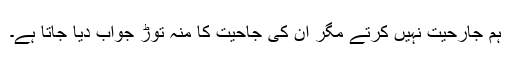
ہم جارحیت نہیں کرتے مگر ان کی جاحیت کا منہ توڑ جواب دیا جاتا ہے۔